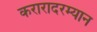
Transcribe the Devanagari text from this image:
करारादरम्यान